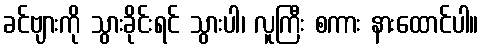
ခင်ဗျားကို သွားခိုင်းရင် သွားပါ၊ လူကြီး စကား နားထောင်ပါ။